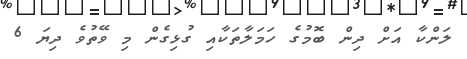
ލަންކާ އަށް ދިން ބޮމުގެ ހަމަލާތަކާއި ގުޅިގެން މި ވޭތުވެ ދިޔަ 6